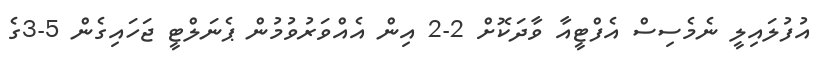
އުފުލައިލީ ނެމެސިސް އެފްޓީއާ ވާދަކޮށް 2-2 އިން އެއްވަރުވުމުން ޕެނަލްޓީ ޖަހައިގެން 5-3ގެ